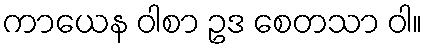
ကာယေန ဝါစာ ဥဒ စေတသာ ဝါ။